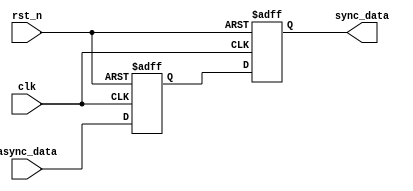
module master_slave_sync #(
    parameter WIDTH = 1  // Parameter to specify the data width
)(
    input wire clk,       // Clock signal
    input wire rst_n,     // Active-low reset signal
    input wire [WIDTH-1:0] async_data, // Asynchronous input data
    output reg [WIDTH-1:0] sync_data      // Synchronized output data
);

    reg [WIDTH-1:0] master_reg; // Master flip-flop output

    // Master Flip-Flop: Latches input on clock LOW
    always @(negedge clk or negedge rst_n) begin
        if (!rst_n) begin
            master_reg <= {WIDTH{1'b0}}; // Reset master register
        end else begin
            master_reg <= async_data; // Capture the input on clock low
        end
    end

    // Slave Flip-Flop: Latches master output on clock HIGH
    always @(posedge clk or negedge rst_n) begin
        if (!rst_n) begin
            sync_data <= {WIDTH{1'b0}}; // Reset synchronized output
        end else begin
            sync_data <= master_reg; // Capture the master output on clock high
        end
    end

endmodule